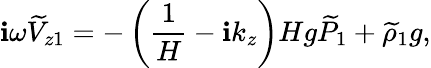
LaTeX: \mathbf{i}\omega\widetilde{{V}}_{z1}=-\left(\frac{{1}}{{H}}-\mathbf{i}k_{z}\right)Hg\widetilde{{P}}_{1}+\widetilde{{\rho}}_{1}g,